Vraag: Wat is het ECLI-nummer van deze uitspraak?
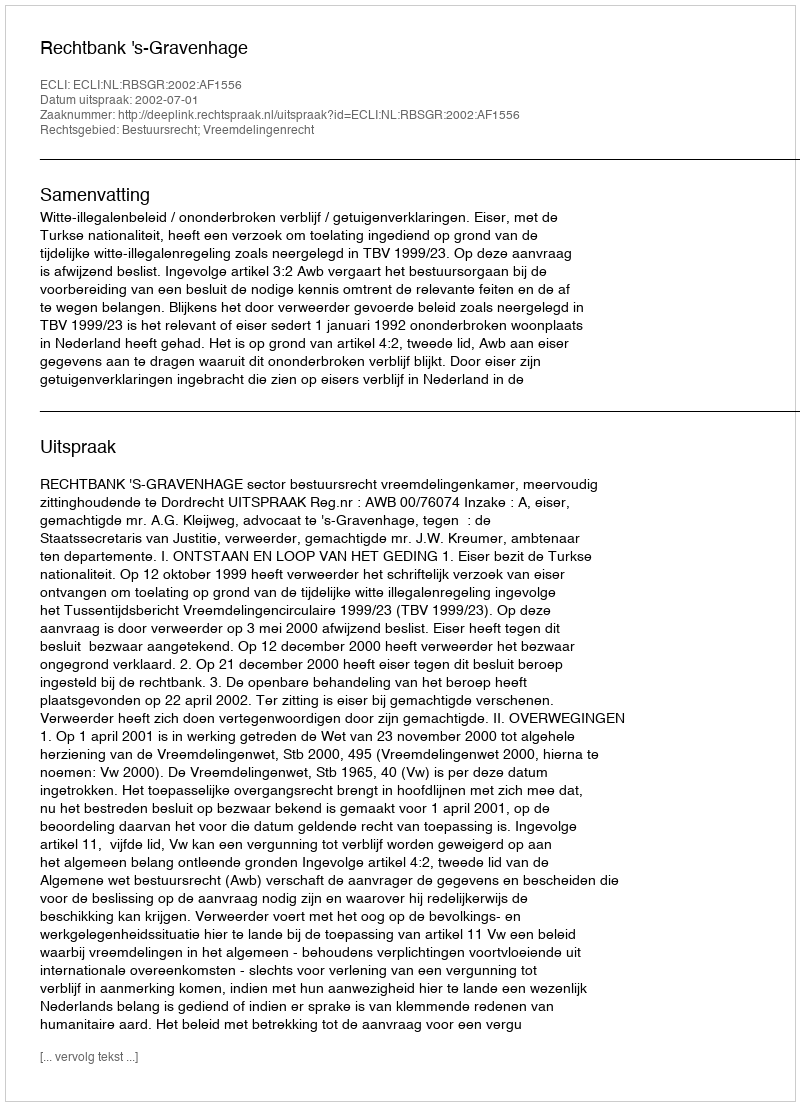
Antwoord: ECLI:NL:RBSGR:2002:AF1556